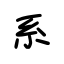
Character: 系